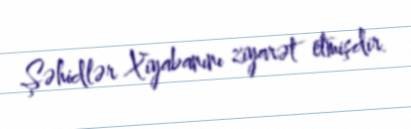
Şəhidlər Xiyabanını ziyarət etmişdir.